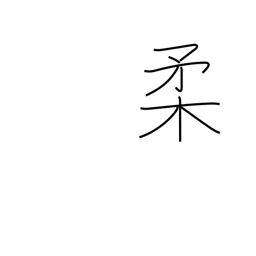
Meaning: tender